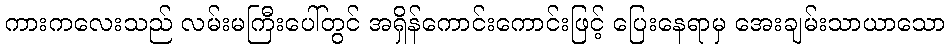
ကားကလေးသည် လမ်းမကြီးပေါ်တွင် အရှိန်ကောင်းကောင်းဖြင့် ပြေးနေရာမှ အေးချမ်းသာယာသော